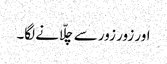
اور زور زور سے چلّانے لگا۔